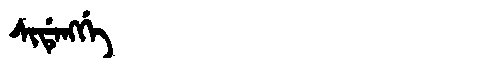
Manchu: ᠰᡳᡩᡝᠩᡤᡝ
Romanization: SIDENGGE